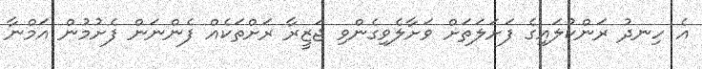
އެ ހިނދު ރަންކުލައިގެ ފަށަލަތަށް ވަށާލެވިގެންވި ޖަޒީރާ ރަށްތަކެއް ފެންނަން ފެށުމުން އަމްނާ